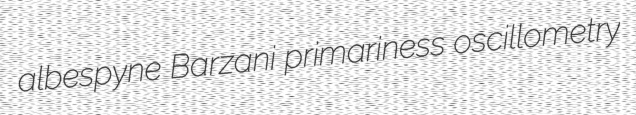
albespyne Barzani primariness oscillometry